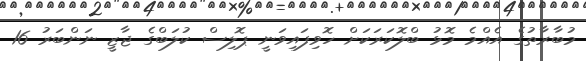
މުބާރާތުގެ އެެއްމެ މޮޅު ބްލޮކަރަކަށް ހޮވިފައިވަނީ ޕޮލިސް ކުލަބްގެ ޖާޒީ ނަންބަރު 16